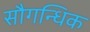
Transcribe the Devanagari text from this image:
सौगन्धिक